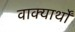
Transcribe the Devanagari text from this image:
वाक्यार्थों